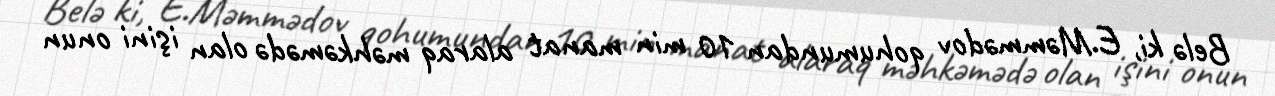
Belə ki, E.Məmmədov qohumundan 10 min manat alaraq məhkəmədə olan işini onun